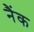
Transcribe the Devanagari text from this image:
नैंक